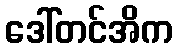
ဒေါ်တင်အိက